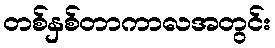
တစ်နှစ်တာကာလအတွင်း